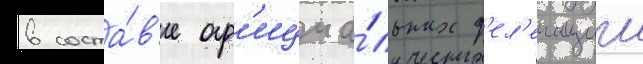
в соста́в'е оф'ициа́льных д'ел'егации